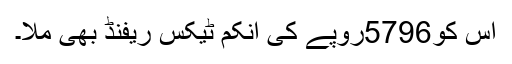
اس کو5796روپے کی انکم ٹیکس ریفنڈ بھی ملا۔